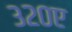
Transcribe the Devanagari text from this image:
३२०ए